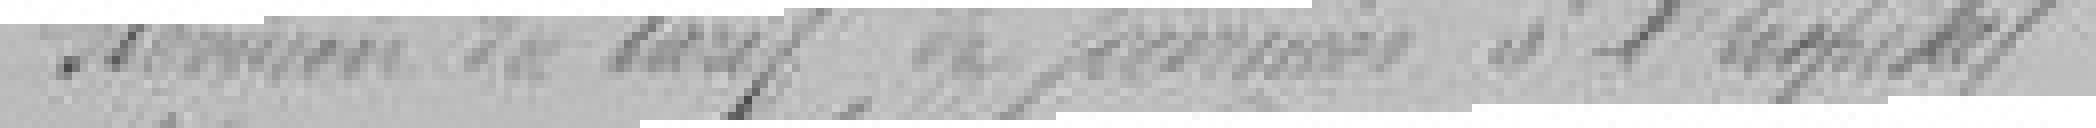
Révision du tarif de journée à l'hôpital